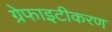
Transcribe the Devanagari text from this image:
ग्रेफाइटीकरण